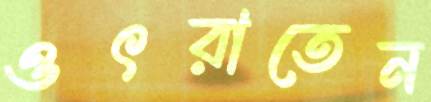
ওৎরাতেন